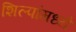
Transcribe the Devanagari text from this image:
शिल्पांमध्ये